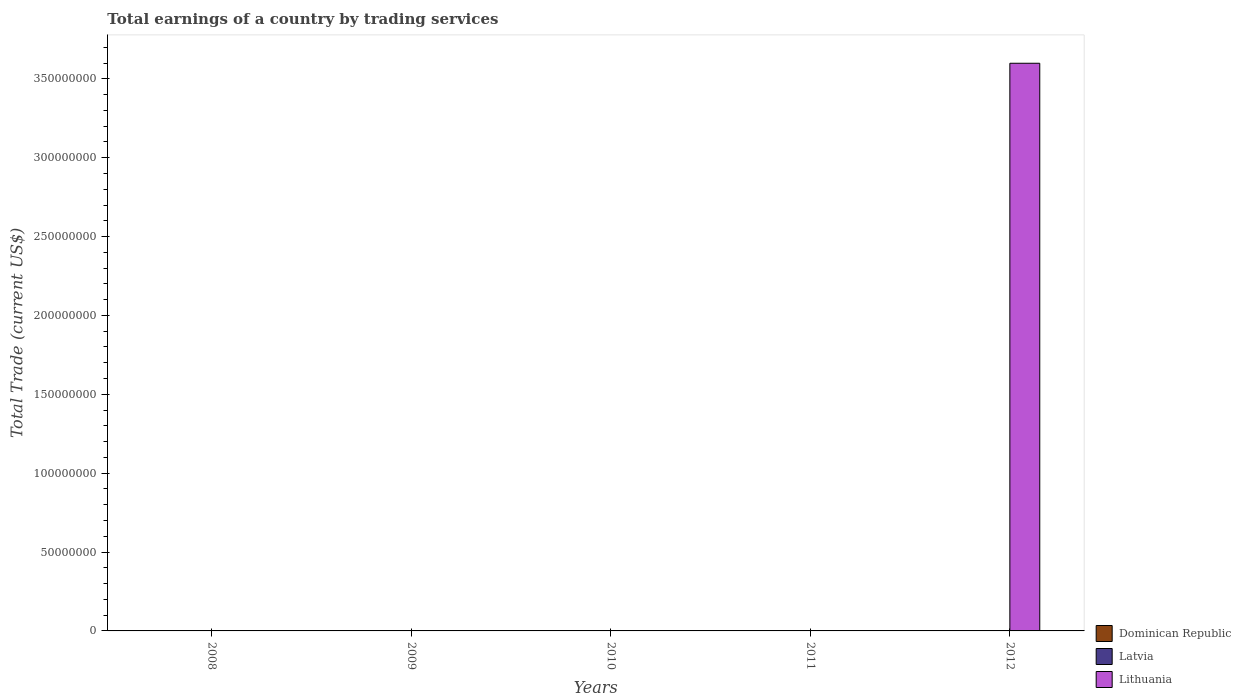
| Years | Dominican Republic | Latvia | Lithuania |
 | --- | --- | --- | --- |
 | 2008 | -6.28e+09 | -4.14e+09 | -5.64e+09 |
 | 2009 | -3.82e+09 | -1.1e+08 | -6.21e+08 |
 | 2010 | -6.15e+09 | -2.49e+08 | -7.01e+08 |
 | 2011 | -6.02e+09 | -1.34e+09 | -1.1e+09 |
 | 2012 | -5.54e+09 | -1.21e+09 | 3.6e+08 |